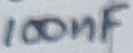
Text: 100nF